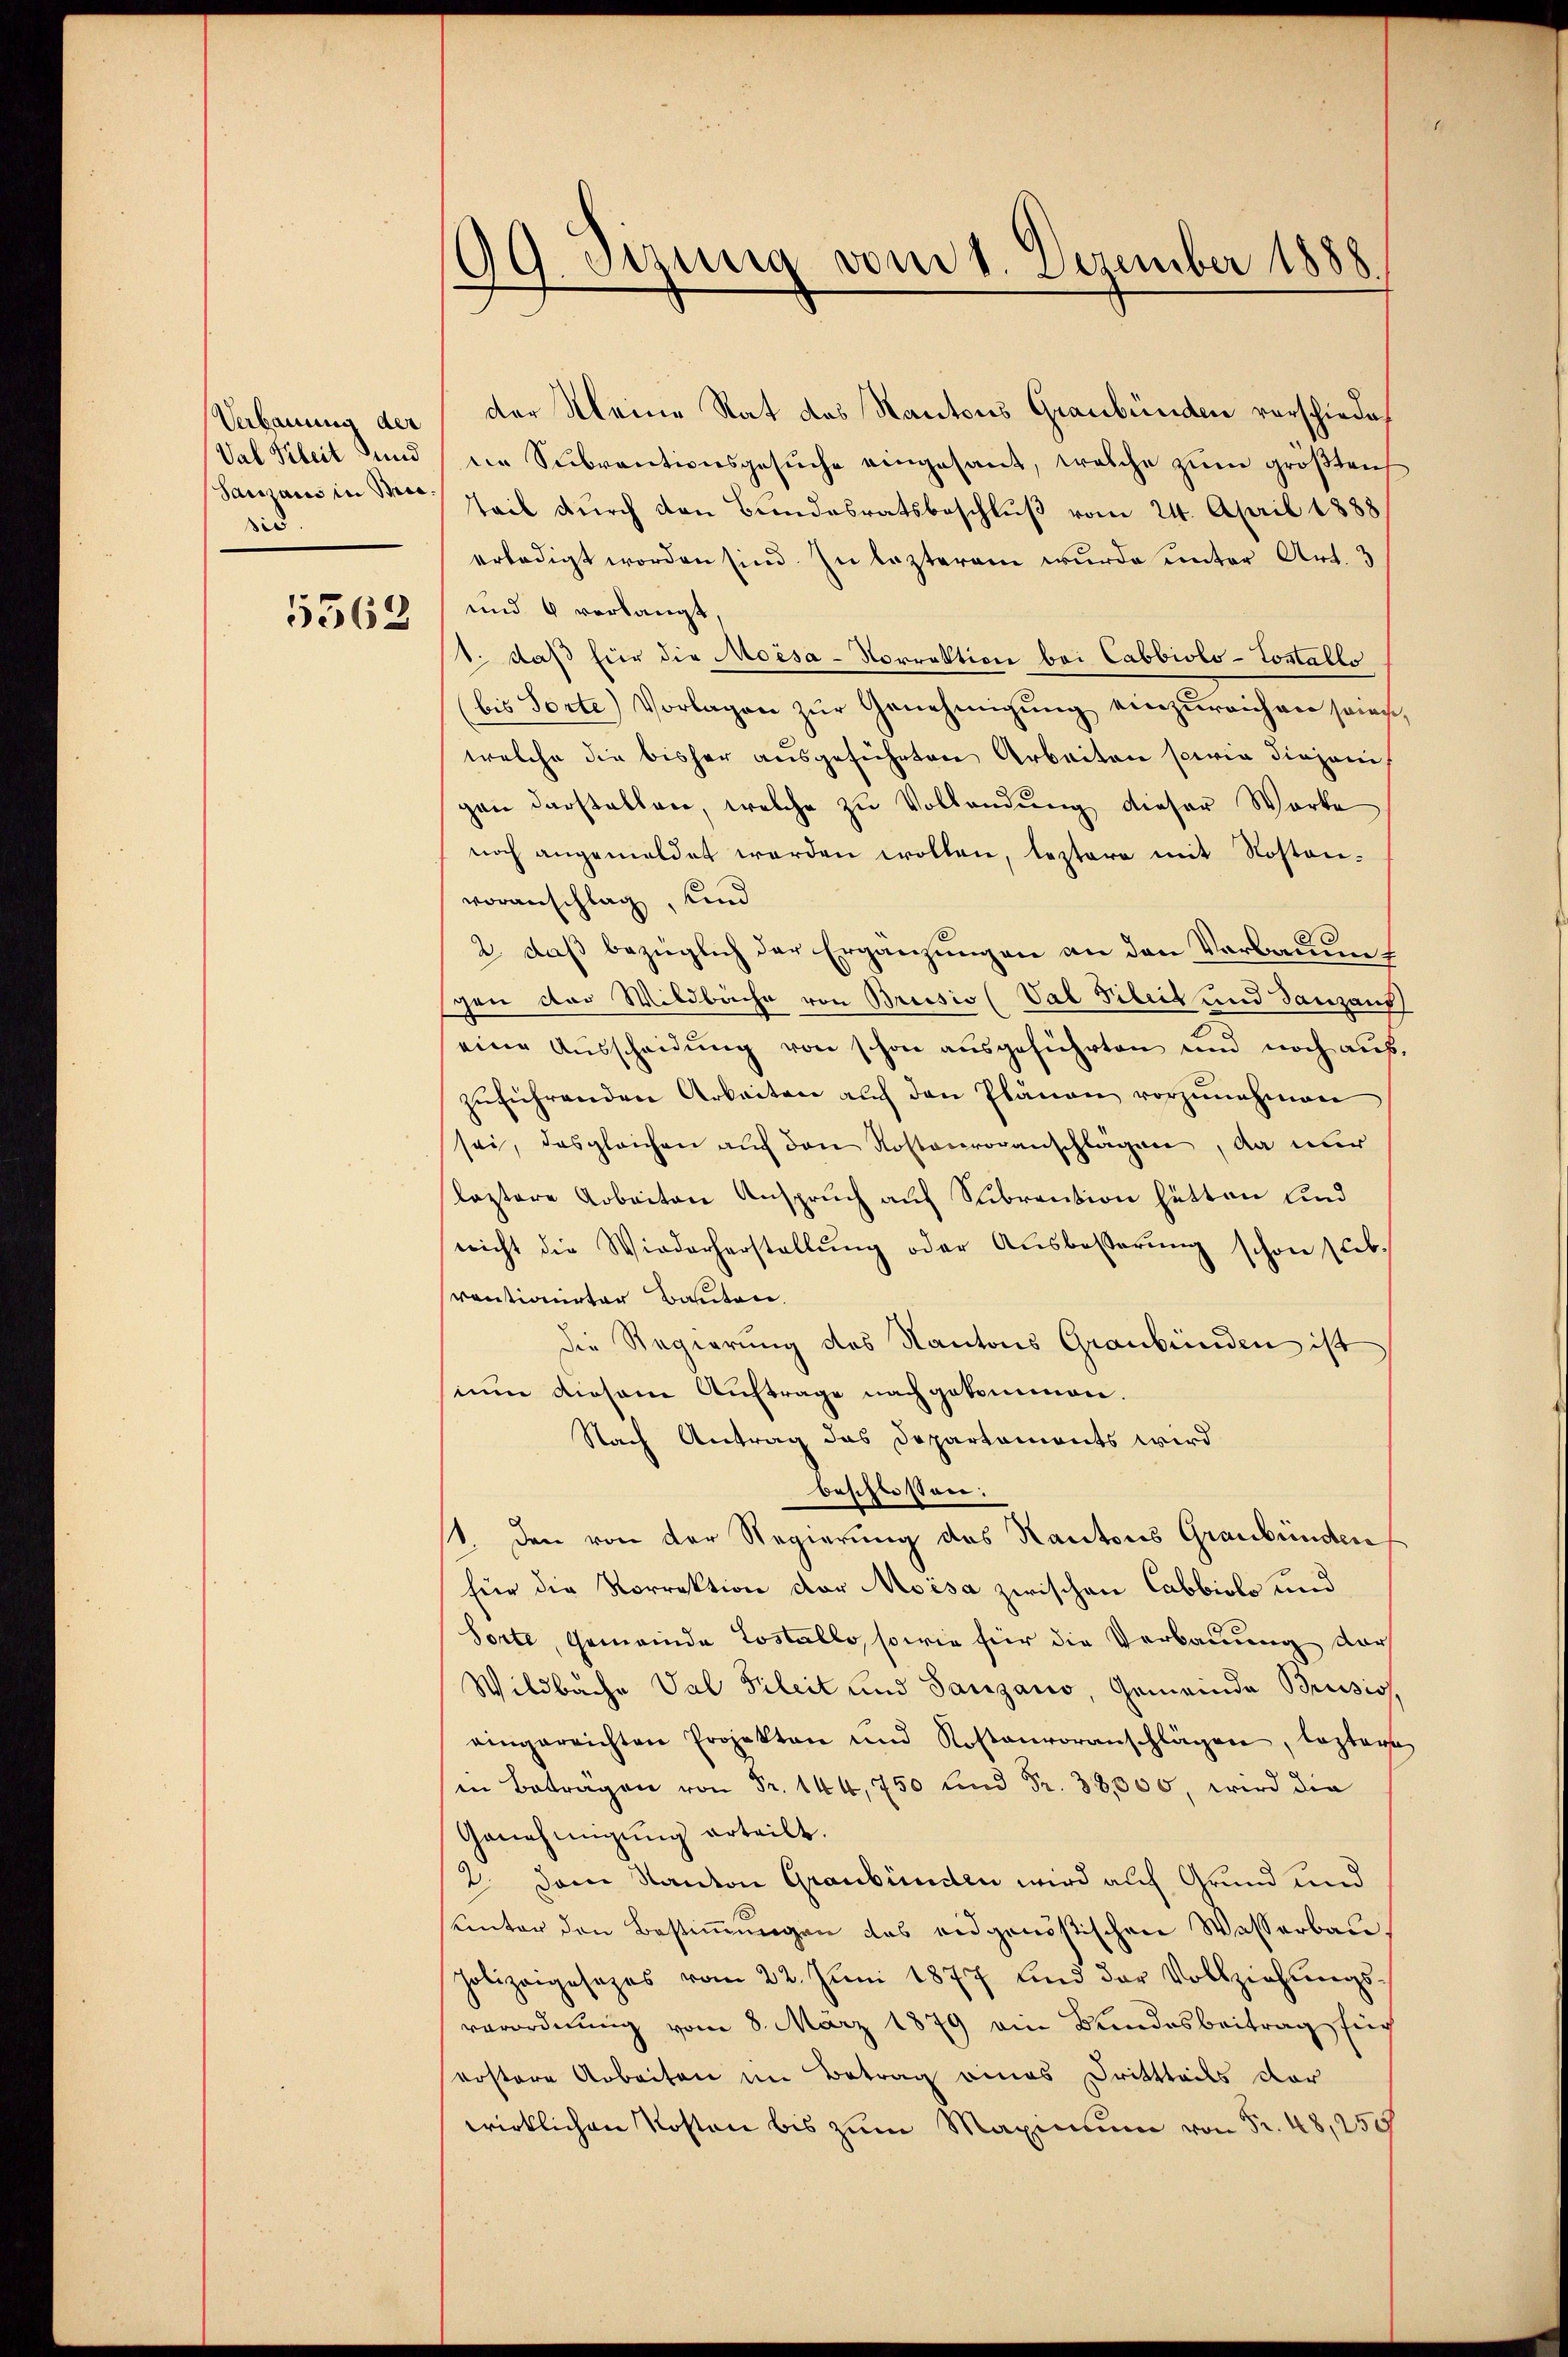
Val Fiheit und
Samais in Brie
sis.
5568

09. Sitzung vom 1. Dezember 1888

Verbauung der der Meine Rat des Kantons Graubünden verschiedene Subventionsgesŭche eingesant, welche zum größteich
Teil durch den Bundesratsbeschluß vom 24. April 1888
erledigt worden sind. In lezterem wurde unter Art. 3
und 6 verlangt
1. daß für die Moisa-Norrektion bei Cabbiolo-Costallo
(bis Torte Vorlagen zŭr Genehmigŭng einzŭreichen soins,
welche die bisher ausgeführten Arbeiten sowie diejenigen darstellen, welche zu Vollendung dieser Worte
noch angemeldet werden wollen, leztere mit Roston-
voranschlag, und
2. daß bezüglich der Ergänzungen an den Verbauenf
gen der Wildbache von Brissio (Val Pileit und Tanzaus
eine Ausscheidung von schon ausgeführten und noch aufzŭführenden Arbeiten auch den Plänen vorzŭnehmen
sei, das gleichen auf den Kostenvoranschlägen, da nur
leztere Arbeiten Anspruch auf Subrention hätten und
nicht die Wiederherstellŭng oder Aŭsbesserŭng schon sub.
ventionirter Bauten.
die Regierung des Kantons Graubünden ist
sium diesem Auftrage nachgekommen.
Nach Antrag das Departaments wird
beschlossen:
st. Den von der Regierung des Kantons Graubünden
für die Norrektion der Moisa zwischen Cabbiole und
Sorte, Gemeinde Lostallo, sowie für die Verbauung der
Wildbache Val Fileit und Sangano, Gemeinde Brüssig,
eingereichten Projekten und Kostenvoranschlägen, leztere
sin beträgen von Fr. 144, 750 und Fr. 38,000, wird die
Genehmigung erteilt.
2. Dem Kanton Graubünden wird auf Grund und
sunter den Bestimmungen das eidgenößischen Wasserbau
Polizeigesezes vom 22. Juni 1877 und der Vollziehungsverordnung vom 8. März 1879 ein Bundesbeitrag sich
kostere Arbeiten im Betrag eines Drittheils der
wirklichen Kosten bis zum Maximum von Fr. 48, 259